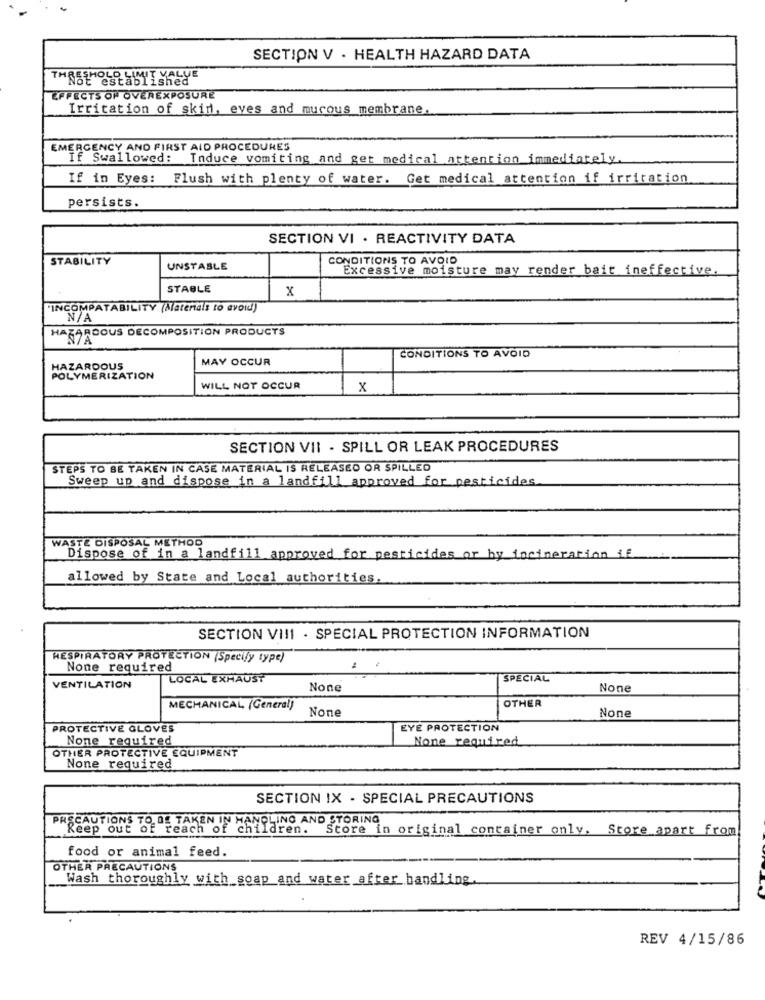
SECTION V . HEALTH HAZARD DATA
EFFECTS OF OVEREXPOSURE
Irritation of skin, eves and mucous membrane.
EMERGENCY AND FIRST AID PROCEDURES
If Swallowed: Induce vomiting and get medical attention immediately.
If in Eyes: Flush with plenty of water. Get medical attention if irritation
persists.
SECTION VI . REACTIVITY DATA
STABILITY
CONDITIONS TO AVOID
UNSTABLE
Excessive moisture may render bait ineffective.
STABLE
x
INCOMPATABILITY (Materais to avoid)
HAZARDOUS DECOMPOSITION PRODUCTS
MAY OCCUR
CONDITIONS TO AVOID
HAZARDOUS
POLYMERIZATION
WILL NOT OCCUR
x
SECTION VII - SPILL OR LEAK PROCEDURES
STEPS TO BE TAKEN IN CASE MATERIAL IS RELEASED OR SPILLED
Sweep up and dispose in a landfill approved for pesticides.
WASTE DISPOSAL METHOD
Dispose of in a landfill approved for pesticides or by incineration if
allowed by State and Local authorities.
SECTION VIII . SPECIAL PROTECTION INFORMATION
RESPIRATORY PROTECTION (Specify type)
None required
LOCAL EXHAUST
SPECIAL
VENTILATION
OTHER
MECHANICAL (General)
PROTECTIVE GLOVES
EYE PROTECTION
Nome required
None required
OTHER PROTECTIVE EQUIPMENT
None required
SECTION IX - SPECIAL PRECAUTIONS
PRECAUTIONS TO BE TAKEN IN HANDLING AND STORING
Reep out of reach of children. Store in original container only. Store apart from
food or animal feed.
OTHER PRECAUTIONS
Wash thoroughly with_soap and water after handling
REV 4/15/86